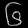
Digit: ၆